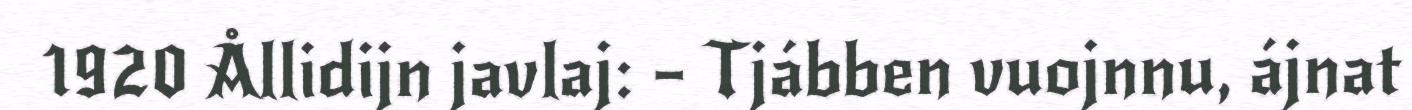
1920 Ållidijn javlaj: – Tjábben vuojnnu, ájnat